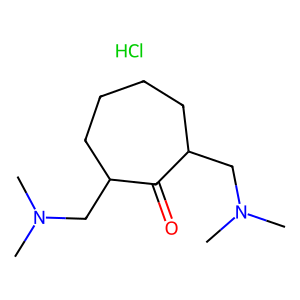
SMILES: CN(C)CC1CCCCC(CN(C)C)C1=O.Cl
Inhibits HIV replication: No